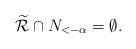
\begin{align*}\widetilde{\mathcal{R}} \cap N_{< -\alpha} = \emptyset.\end{align*}